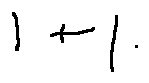
1 + 1